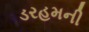
ડરહમની